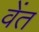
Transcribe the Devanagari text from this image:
वेंत